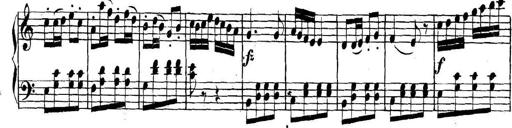
Title: Collected Piano Sonatas
Composer: Muzio Clementi